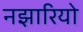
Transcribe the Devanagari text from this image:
नझारियो